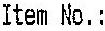
ITEM NO.: